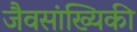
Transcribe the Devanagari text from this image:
जैवसांख्‍यिकी